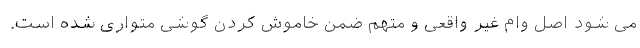
می شود اصل وام غیر واقعی و متهم ضمن خاموش کردن گوشی متواری شده است.